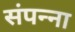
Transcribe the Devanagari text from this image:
संपन्ना